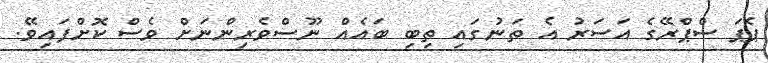
ޕެޕަ ސްޕްރޭގެ އަސަރު އެ ތަނުގައި ތިބި ބައެއް ނޫސްވެރިންނަށް ވެސް ކޮށްފައިވޭ.